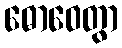
ဓောဝေတွာ